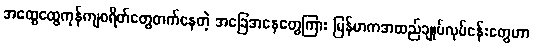
အထွေထွေကုန်ကျစရိတ်တွေတက်နေတဲ့ အခြေအနေတွေကြား မြန်မာကအထည်ချုပ်လုပ်ငန်းတွေဟာ